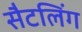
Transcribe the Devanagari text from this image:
सैटलिंग